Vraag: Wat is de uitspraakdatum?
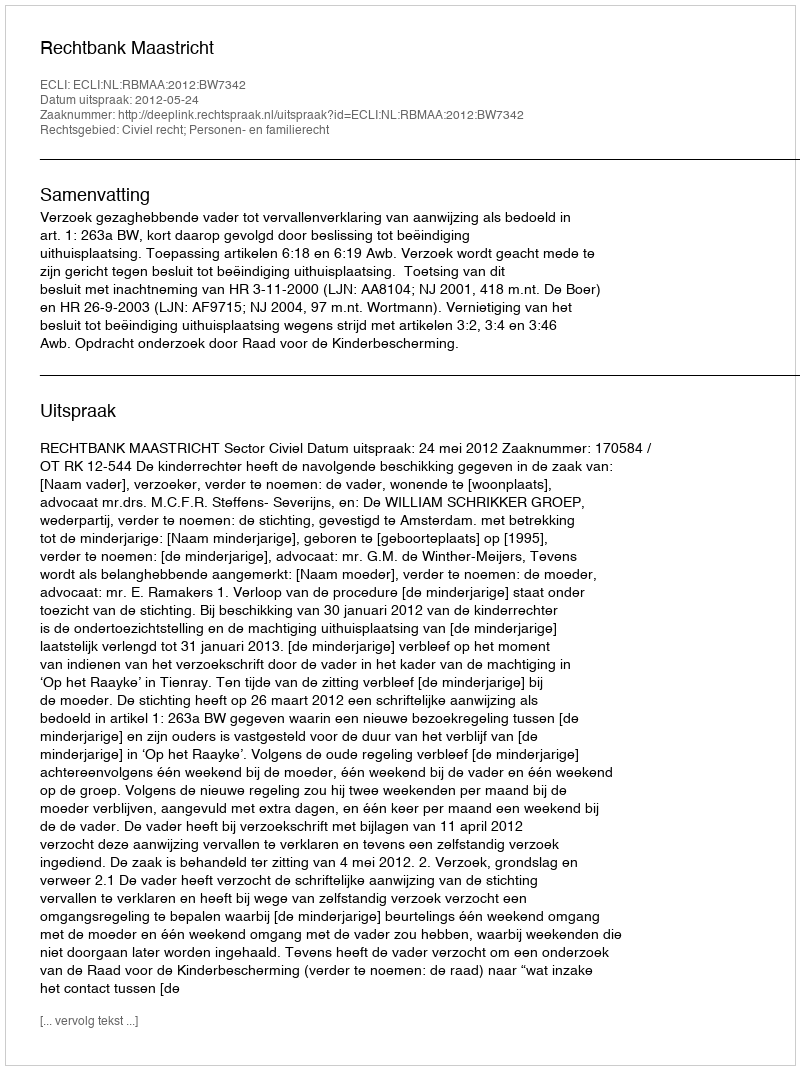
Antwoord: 2012-05-24